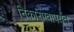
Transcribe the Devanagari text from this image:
निकाराग्वापर्यंत